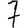
Digit: 7